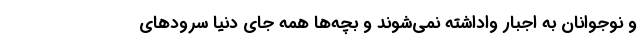
و نوجوانان به اجبار واداشته نمی‌شوند و بچه‌ها همه جای دنیا سرودهای